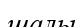
шалы